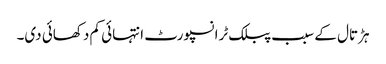
ہڑتال کے سبب پبلک ٹرانسپورٹ انتہائی کم دکھائی دی۔